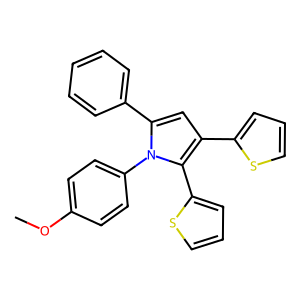
SMILES: COc1ccc(-n2c(-c3ccccc3)cc(-c3cccs3)c2-c2cccs2)cc1
Inhibits HIV replication: No